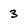
Character: 3